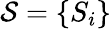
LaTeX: \mathcal{S}=\{ S_{i}\}